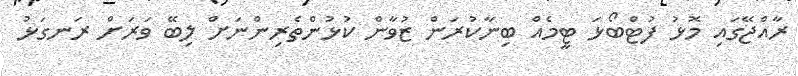
ރާއްޖޭގައި މޮޅު ފުޓްބޯޅަ ޓީމެއް ބިނާކުރަން ޒުވާން ކުޅުންތެރިންނަށް ލިބޭ ވަރަށް ރަނގަޅު